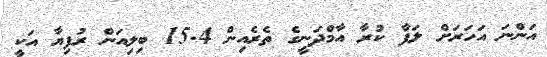
އަންނަ އަހަރަށް ލަފާ ކުރާ އާމްދަނީގެ ތެރެއިން 15.4 ބިލިއަން ރުފިޔާ އަކީ